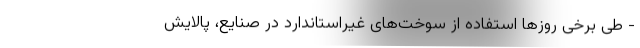
- طی برخی روزها استفاده از سوخت‌های غیراستاندارد در صنایع، پالایش